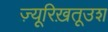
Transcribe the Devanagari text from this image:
ज़्यूरिख़तूउश